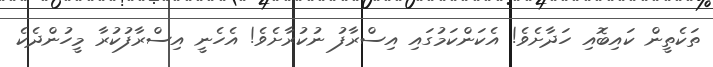
ތަކެތީން ކައިބޮއި ހަދާށެވެ! އެކަންކަމުގައި އިސްރާފު ނުކުރާށެވެ! އެހެނީ އިސްރާފުކުރާ މީހުންދެކެ